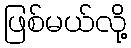
ဖြစ်မယ်လို့